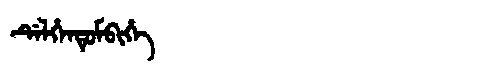
Manchu: ᡩᡝᠯᡥᡝᠨᡨᡠᠮᠪᡳᡥᡝ
Romanization: DELHENTUMBIHE